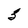
Character: 3